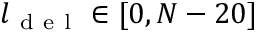
l _ { \mathrm { ~ d ~ e ~ l ~ } } \in [ 0 , N - 2 0 ]